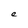
Character: e